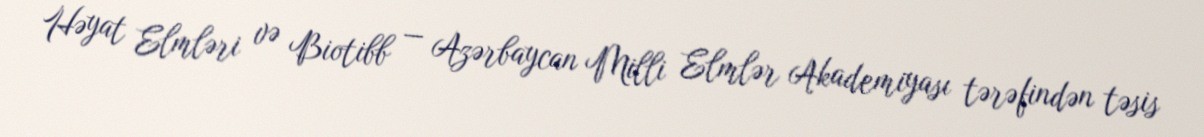
Həyat Elmləri və Biotibb — Azərbaycan Milli Elmlər Akademiyası tərəfindən təsis